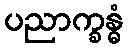
ပညာက္ခန္ဓံ